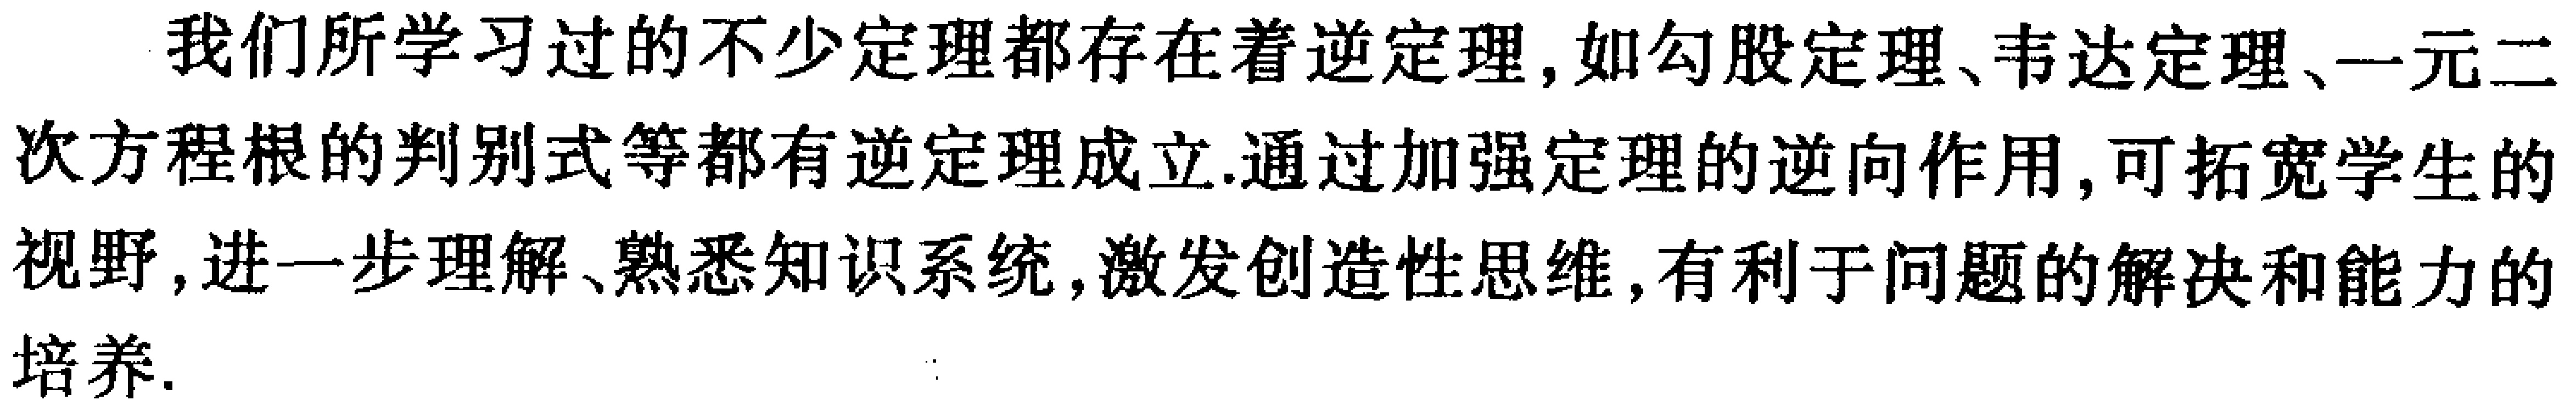
我们所学习过的不少定理都存在着逆定理，如勾股定理、韦达定理、一元二次方程根的判别式等都有逆定理成立.通过加强定理的逆向作用，可拓宽学生的视野，进一步理解、熟悉知识系统，激发创造性思维，有利于问题的解决和能力的培养.